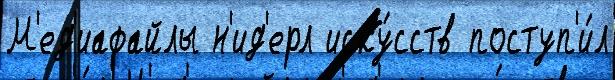
М'ед'иафайлы н'ид'ерл иску́сств поступ'и́л